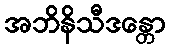
အဘိနိသီဒန္တော